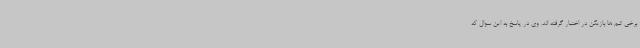
برخی تیم ها بازیکن در اختیار گرفته اند. وی در پاسخ به این سوال که